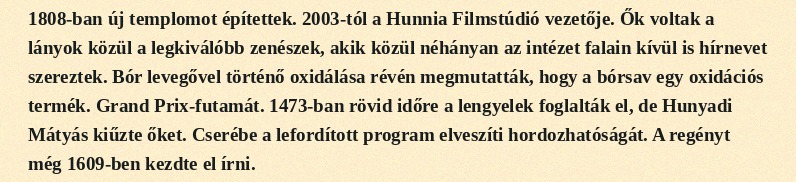
1808-ban új templomot építettek. 2003-tól a Hunnia Filmstúdió vezetője. Ők voltak a lányok közül a legkiválóbb zenészek, akik közül néhányan az intézet falain kívül is hírnevet szereztek. Bór levegővel történő oxidálása révén megmutatták, hogy a bórsav egy oxidációs termék. Grand Prix-futamát. 1473-ban rövid időre a lengyelek foglalták el, de Hunyadi Mátyás kiűzte őket. Cserébe a lefordított program elveszíti hordozhatóságát. A regényt még 1609-ben kezdte el írni.